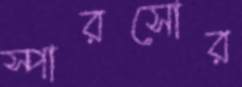
স্পারসোর